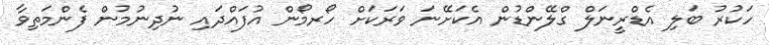
ހަކުރު ބަލި އެޑްރީނަލް ގްލޭންޑުން އެކަށޭނަ ވަރަކަށް ހޯރމޯން އުފައްދައި ނުދިނުމުން ފެންމަތިވާ